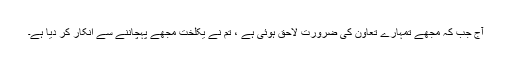
آج جب کہ مجھے تمہارے تعاون کی ضرورت لاحق ہوئی ہے ، تم نے یکلخت مجھے پہچاننے سے انکار کر دیا ہے۔